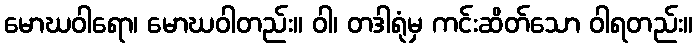
မောဃဝါရော၊ မောဃဝါတည်း။ ဝါ၊ တဒါရုံမှ ကင်းဆိတ်သော ဝါရတည်း။